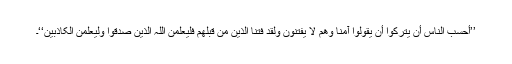
’’أحسب الناس أن یترکوا أن یقولوا آمنا وھم لا یفتنون ولقد فتنا الذین من قبلھم فلیعلمن اللہ الذین صدقوا ولیعلمن الکاذبین‘‘۔